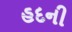
હદની